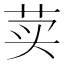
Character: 荬